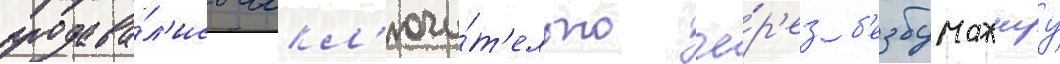
продава́л'ись искл'ючи́т'ельно че́р'ез б'езбумажнуу